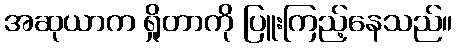
အဆုယာက ရှိုတာကို ပြူးကြည့်နေသည်။